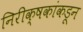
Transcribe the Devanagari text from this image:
निरीक्षकांकडून